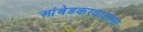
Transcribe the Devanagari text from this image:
आंबेडकरवादाला